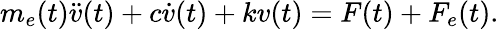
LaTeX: m_{e}(t)\ddot{v}(t)+c\dot{v}(t)+kv(t)=F(t)+F_{e}(t).